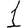
Digit: 1